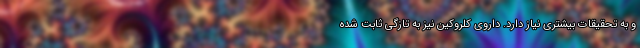
و به تحقیقات بیشتری نیاز دارد. داروی کلروکین نیز به تازگی ثابت شده